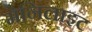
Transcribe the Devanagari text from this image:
मेनिलाइट